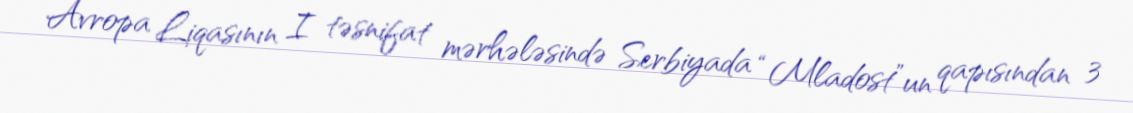
Avropa Liqasının I təsnifat mərhələsində Serbiyada “Mladost”un qapısından 3